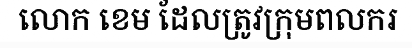
លោក ខេម ដែលត្រូវក្រុមពលករ